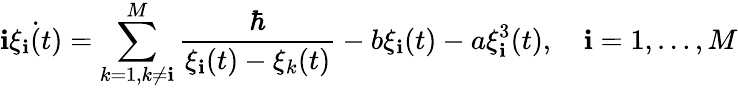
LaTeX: \mathbf{i}\dot{{\xi_{\mathbf{i}}(t)}}=\sum_{k=1,k\neq\mathbf{i}}^{M}\frac{{\hbar}}{{\xi_{\mathbf{i}}(t)-\xi_{k}(t)}}-b\xi_{\mathbf{i}}(t)-a\xi_{\mathbf{i}}^{3}(t),\quad\mathbf{i}=1,\dots,M